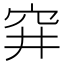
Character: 穽